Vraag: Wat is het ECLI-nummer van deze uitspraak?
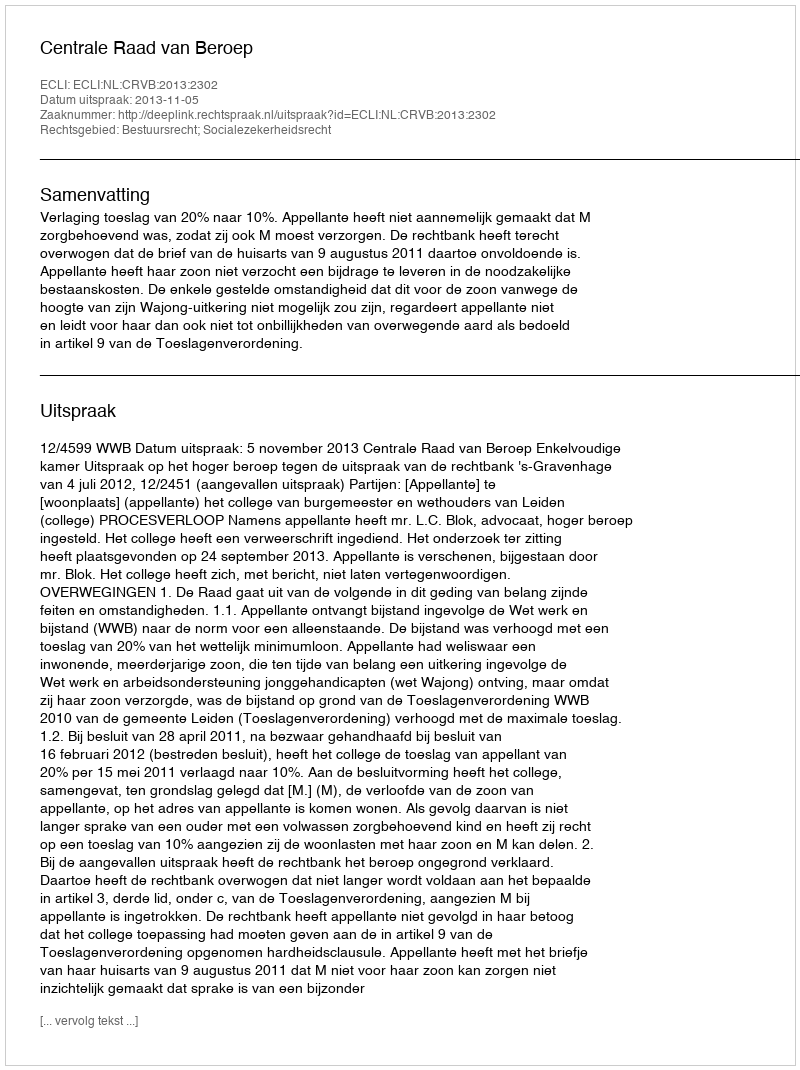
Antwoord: ECLI:NL:CRVB:2013:2302